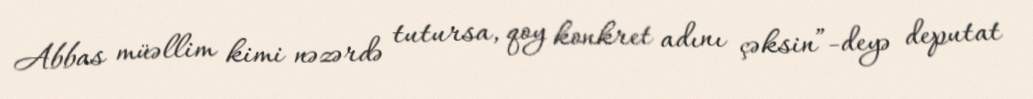
Abbas müəllim kimi nəzərdə tutursa, qoy konkret adını çəksin”-deyə deputat